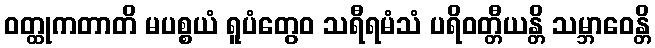
ဝတ္ထုကတာတိ မပစ္စယံ ရူပံတွေဝ သရီရမံသံ ပရိဝတ္တီယန္တိ သမ္ဘာဝေန္တိ